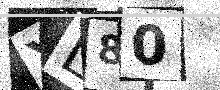
Text: YL80